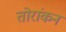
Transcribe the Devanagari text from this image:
तोरांकन